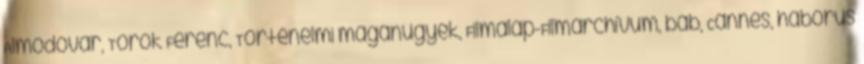
Almodóvar, Török Ferenc, Történelmi magánügyek, Filmalap-Filmarchívum, báb, Cannes, háborús